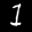
Label: 1